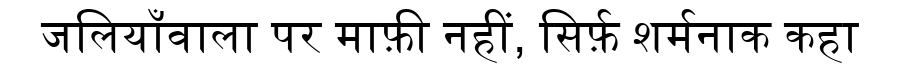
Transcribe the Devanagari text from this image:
जलियाँवाला पर माफ़ी नहीं, सिर्फ़ शर्मनाक कहा